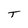
Character: T